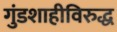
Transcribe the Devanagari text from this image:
गुंडशाहीविरुद्ध